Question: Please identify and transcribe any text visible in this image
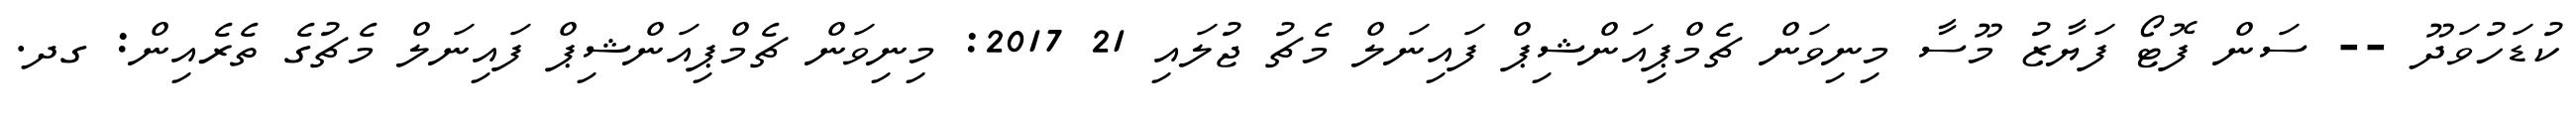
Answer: ކުޑަހުވަދޫ -- ސަން ފޮޓޯ ފަޔާޒު މޫސާ މިނިވަން ޗެމްޕިއަންޝިޕް ފައިނަލް މެޗު ޖުލައި 21 2017: މިނިވަން ޗެމްޕިއަންޝިޕް ފައިނަލް މެޗުގެ ތެރެއިން: ގދ.